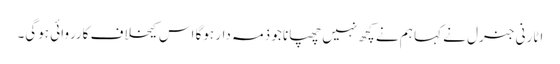
اٹارنی جنرل نے کہا ہم نے کچھ نہیں چھپانا جو ذمہ دار ہوگا اس کیخلاف کارروائی ہوگی۔